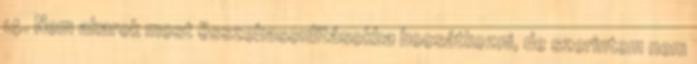
14. Nem akarok most összehasonlításokba bocsátkozni, de szerintem nem